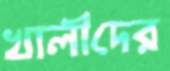
খালীদের